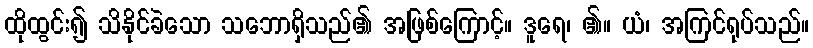
ထိုထွင်း၍ သိနိုင်ခဲသော သဘောရှိသည်၏ အဖြစ်ကြောင့်။ ဒူရေ၊ ၏။ ယံ၊ အကြင်ရုပ်သည်။